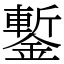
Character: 鏨